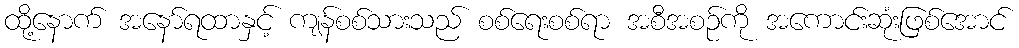
ထို့နောက် အနော်ရထာနှင့် ကျန်စစ်သားသည် စစ်ရေးစစ်ရာ အစီအစဉ်ကို အကောင်းဆုံးဖြစ်အောင်